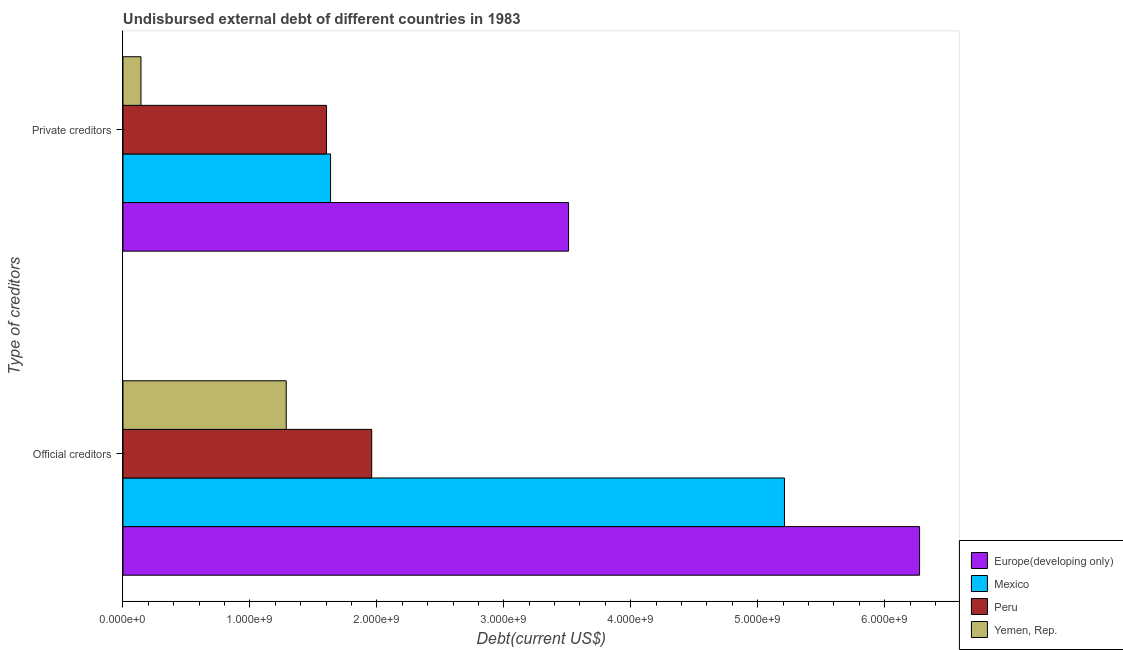
| Type of creditors | Europe(developing only) | Mexico | Peru | Yemen, Rep. |
 | --- | --- | --- | --- | --- |
 | Official creditors | 6.28e+09 | 5.21e+09 | 1.96e+09 | 1.29e+09 |
 | Private creditors | 3.51e+09 | 1.64e+09 | 1.6e+09 | 1.42e+08 |